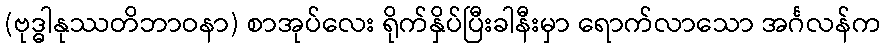
(ဗုဒ္ဓါနုဿတိဘာဝနာ) စာအုပ်လေး ရိုက်နှိပ်ပြီးခါနီးမှာ ရောက်လာသော အင်္ဂလန်က